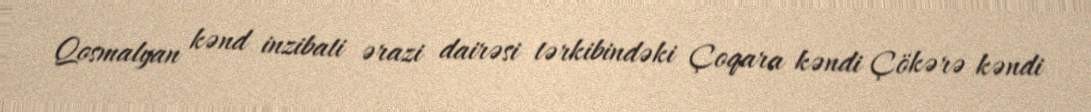
Qosmalyan kənd inzibati ərazi dairəsi tərkibindəki Çoqara kəndi Çökərə kəndi